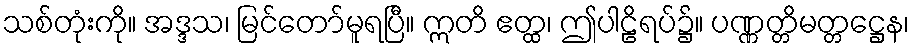
သစ်တုံးကို။ အဒ္ဒသ၊ မြင်တော်မူရပြီ။ ဣတိ ဧတ္ထ၊ ဤပါဠိရပ်၌။ ပဏ္ဏတ္တိမတ္တဋ္ဌေန၊